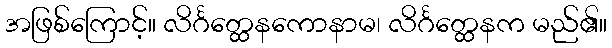
အဖြစ်ကြောင့်။ လိင်္ဂတ္ထေနကောနာမ၊ လိင်္ဂတ္ထေနက မည်၏။